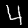
Label: 4